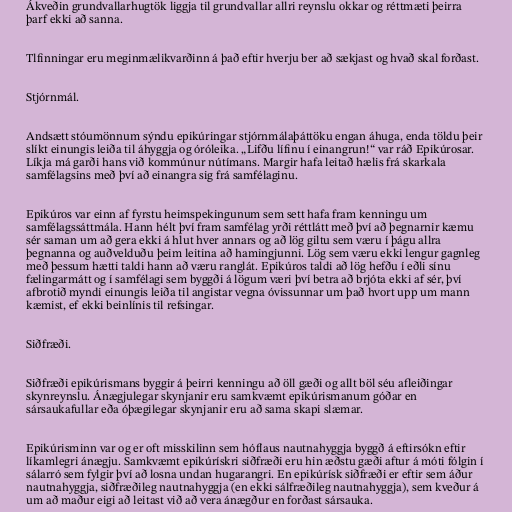
Ákveðin grundvallarhugtök liggja til grundvallar allri reynslu okkar og réttmæti þeirra
þarf ekki að sanna.

Tlfinningar eru meginmælikvarðinn á það eftir hverju ber að sækjast og hvað skal forðast.

Stjórnmál.

Andsætt stóumönnum sýndu epikúringar stjórnmálaþáttöku engan áhuga, enda töldu þeir
slíkt einungis leiða til áhyggja og óróleika. „Lifðu lífinu í einangrun!“ var ráð Epikúrosar.
Líkja má garði hans við kommúnur nútímans. Margir hafa leitað hælis frá skarkala
samfélagsins með því að einangra sig frá samfélaginu.

Epikúros var einn af fyrstu heimspekingunum sem sett hafa fram kenningu um
samfélagssáttmála. Hann hélt því fram samfélag yrði réttlátt með því að þegnarnir kæmu
sér saman um að gera ekki á hlut hver annars og að lög giltu sem væru í þágu allra
þegnanna og auðvelduðu þeim leitina að hamingjunni. Lög sem væru ekki lengur gagnleg
með þessum hætti taldi hann að væru ranglát. Epikúros taldi að lög hefðu í eðli sínu
fælingarmátt og í samfélagi sem byggði á lögum væri því betra að brjóta ekki af sér, því
afbrotið myndi einungis leiða til angistar vegna óvissunnar um það hvort upp um mann
kæmist, ef ekki beinlínis til refsingar.

Siðfræði.

Siðfræði epikúrismans byggir á þeirri kenningu að öll gæði og allt böl séu afleiðingar
skynreynslu. Ánægjulegar skynjanir eru samkvæmt epikúrismanum góðar en
sársaukafullar eða óþægilegar skynjanir eru að sama skapi slæmar.

Epikúrisminn var og er oft misskilinn sem hóflaus nautnahyggja byggð á eftirsókn eftir
líkamlegri ánægju. Samkvæmt epikúrískri siðfræði eru hin æðstu gæði aftur á móti fólgin í
sálarró sem fylgir því að losna undan hugarangri. En epikúrísk siðfræði er eftir sem áður
nautnahyggja, siðfræðileg nautnahyggja (en ekki sálfræðileg nautnahyggja), sem kveður á
um að maður eigi að leitast við að vera ánægður en forðast sársauka.